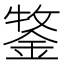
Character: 𮢒